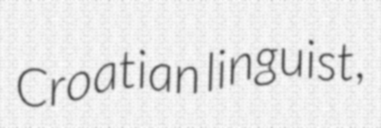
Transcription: Croatian linguist,